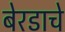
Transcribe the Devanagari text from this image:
बेरडाचे